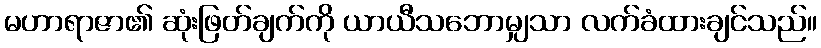
မဟာရာဇာ၏ ဆုံးဖြတ်ချက်ကို ယာယီသဘောမျှသာ လက်ခံထားချင်သည်။